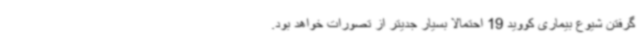
گرفتن شیوع بیماری کووید 19 احتمالا بسیار جدیتر از تصورات خواهد بود.